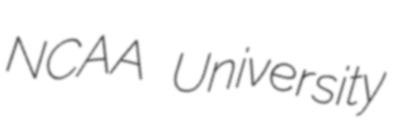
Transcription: NCAA University